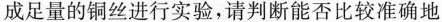
成足量的铜丝进行实验，请判断能否比较准确地